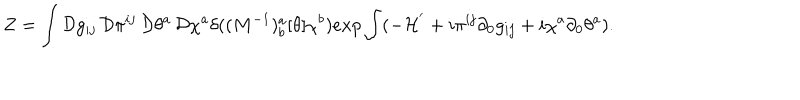
LaTeX: Z = \int { \cal D } g _ { i j } \, { \cal D } \pi ^ { i j } \, { \cal D } \theta ^ { a } \, { \cal D } \chi ^ { a } \delta ( ( M ^ { - 1 } ) _ { b } ^ { a } [ \theta ] \chi ^ { b } ) e x p \int ( - { \cal H } ^ { ' } + i \pi ^ { i j } \partial _ { 0 } g _ { i j } + i \chi ^ { a } \partial _ { 0 } \theta ^ { a } ) .